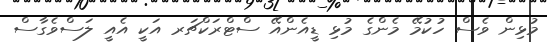
މުޅިން ވެސް ހުކުމޭ މެންގެ މުޅި ޑީއެންއޭ ސްޓްރަކްޗަރ އަކީ އެއީ ލަސްވެގާސް